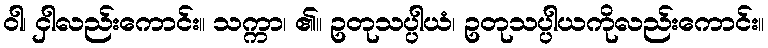
ဝါ၊ ငှါလည်းကောင်း။ သက္ကာ၊ ၏။ ဥတုသပ္ပါယံ၊ ဥတုသပ္ပါယကိုလည်းကောင်း။